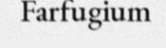
Farfugium